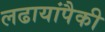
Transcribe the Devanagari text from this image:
लढायांपैकी